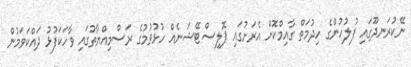
ނޭކުރަނދޫގައި ފުލުހުންގެ ހިދުމަތް ގާއިމްކޮށް އެރަށުގައި ޕޮލިސްޓޭޝަނެއް ހުޅުވުމުގެ ރަސްމިއްޔާތުގައި ވާހަކަފުޅު ދައްކަވަމުން